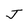
Character: J